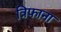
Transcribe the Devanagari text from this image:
त्रिफाना